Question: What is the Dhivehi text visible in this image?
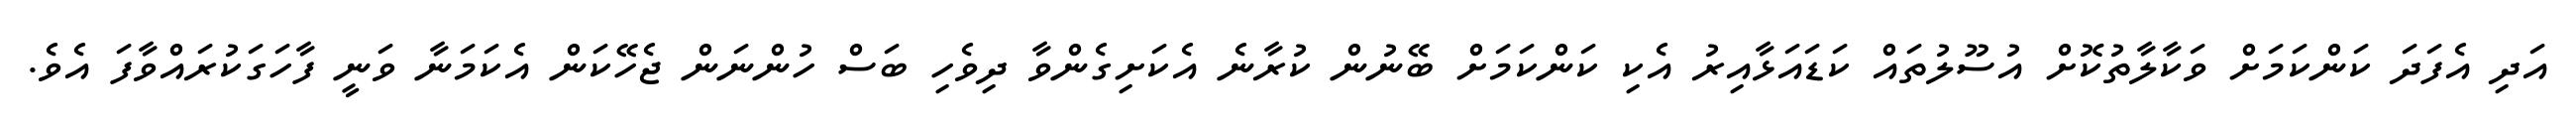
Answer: އަދި އެފަދަ ކަންކަމަށް ވަކާލާތުކޮށް އުސޫލުތައް ކަޑައަޅާއިރު އެކި ކަންކަމަށް ބޭނުން ކުރާނެ އެކަށިގެންވާ ދިވެހި ބަސް ހުންނަން ޖެހޭކަން އެކަމަނާ ވަނީ ފާހަގަކުރައްވާފަ އެވެ.